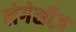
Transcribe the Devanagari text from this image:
लेगेसीज़